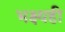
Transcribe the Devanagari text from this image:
भक्ष्यही